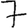
Digit: 7